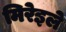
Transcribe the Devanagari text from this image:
मिरेइले